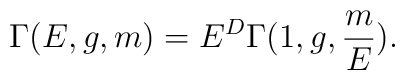
\Gamma (E,g,m)=E^{D}\Gamma (1,g,\frac{m}{E}).